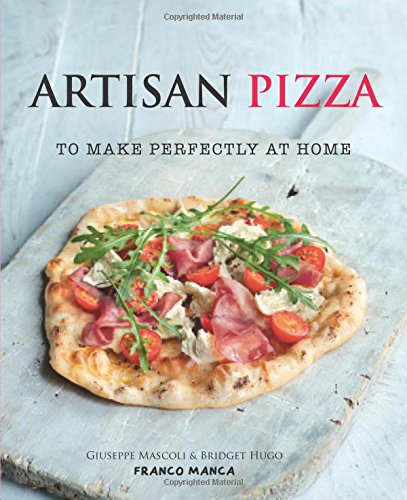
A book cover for Artisan Pizza: To Make Perfectly At Home; Giuseppe Mascoli; Cookbooks, Food & Wine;